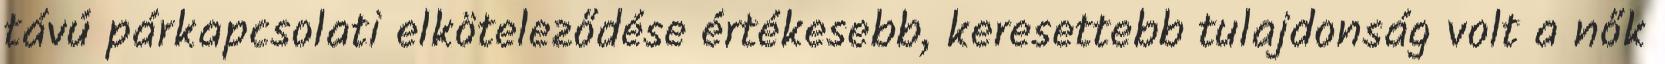
távú párkapcsolati elköteleződése értékesebb, keresettebb tulajdonság volt a nők